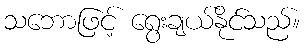
သဘောဖြင့် ရွေးချယ်နိုင်သည်။